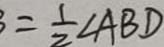
= \frac { 1 } { 2 } \angle A B D